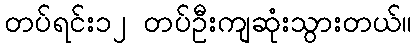
တပ်ရင်း၁၂ တပ်ဦးကျဆုံးသွားတယ်။